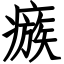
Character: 瘯